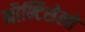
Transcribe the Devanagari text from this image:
मौन्टिसेलो